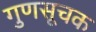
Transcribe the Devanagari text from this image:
गुणसूचक